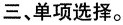
三 单项选择.。